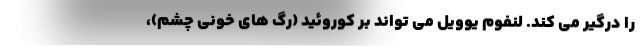
را درگیر می کند. لنفوم یوویل می تواند بر کوروئید (رگ های خونی چشم)،